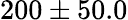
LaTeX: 200\pm 50.0